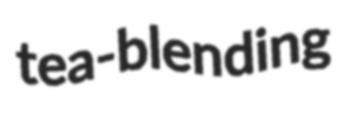
tea-blending